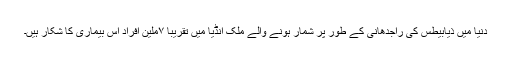
دنیا میں ذیابیطس کی راجدھانی کے طور پر شمار ہونے والے ملک انڈیا میں تقریباََ ۷ملین افراد اس بیماری کا شکار ہیں۔